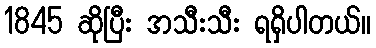
1845 ဆိုပြီး အသီးသီး ရရှိပါတယ်။